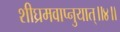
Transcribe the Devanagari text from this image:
शीघ्रमवाप्नुयात्॥४॥